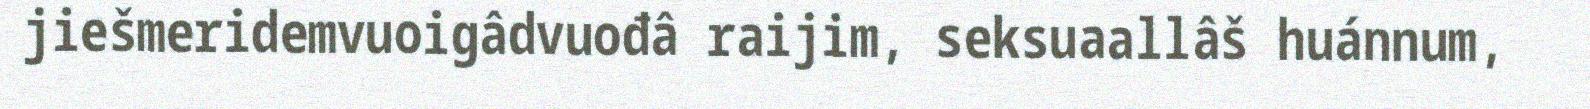
jiešmeridemvuoigâdvuođâ raijim, seksuaallâš huánnum,